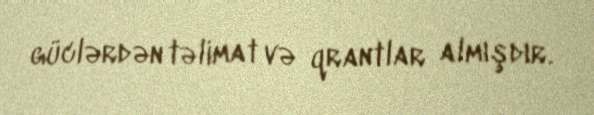
güclərdən təlimat və qrantlar almışdır.